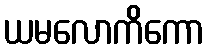
ယမလောကိကော